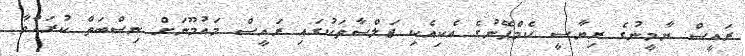
ރައީސް ޔާމީނުގެ ރިޔާސީ ކެމްޕޭނުގެ އެކިއެކި ޖަލްސާތަކުގައި ރައީސް މައުމޫނަށް ނިސްބަތް ކުރައްވާ